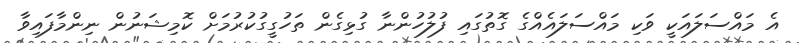
އެ މައްސަލައަކީ ވަކި މައްސަލައެއްގެ ގޮތުގައި ފުލުހުންނާ ގުޅިގެން ތަހުގީގުކުރުމަށް ކޮމިޝަނުން ނިންމާފައިވާ